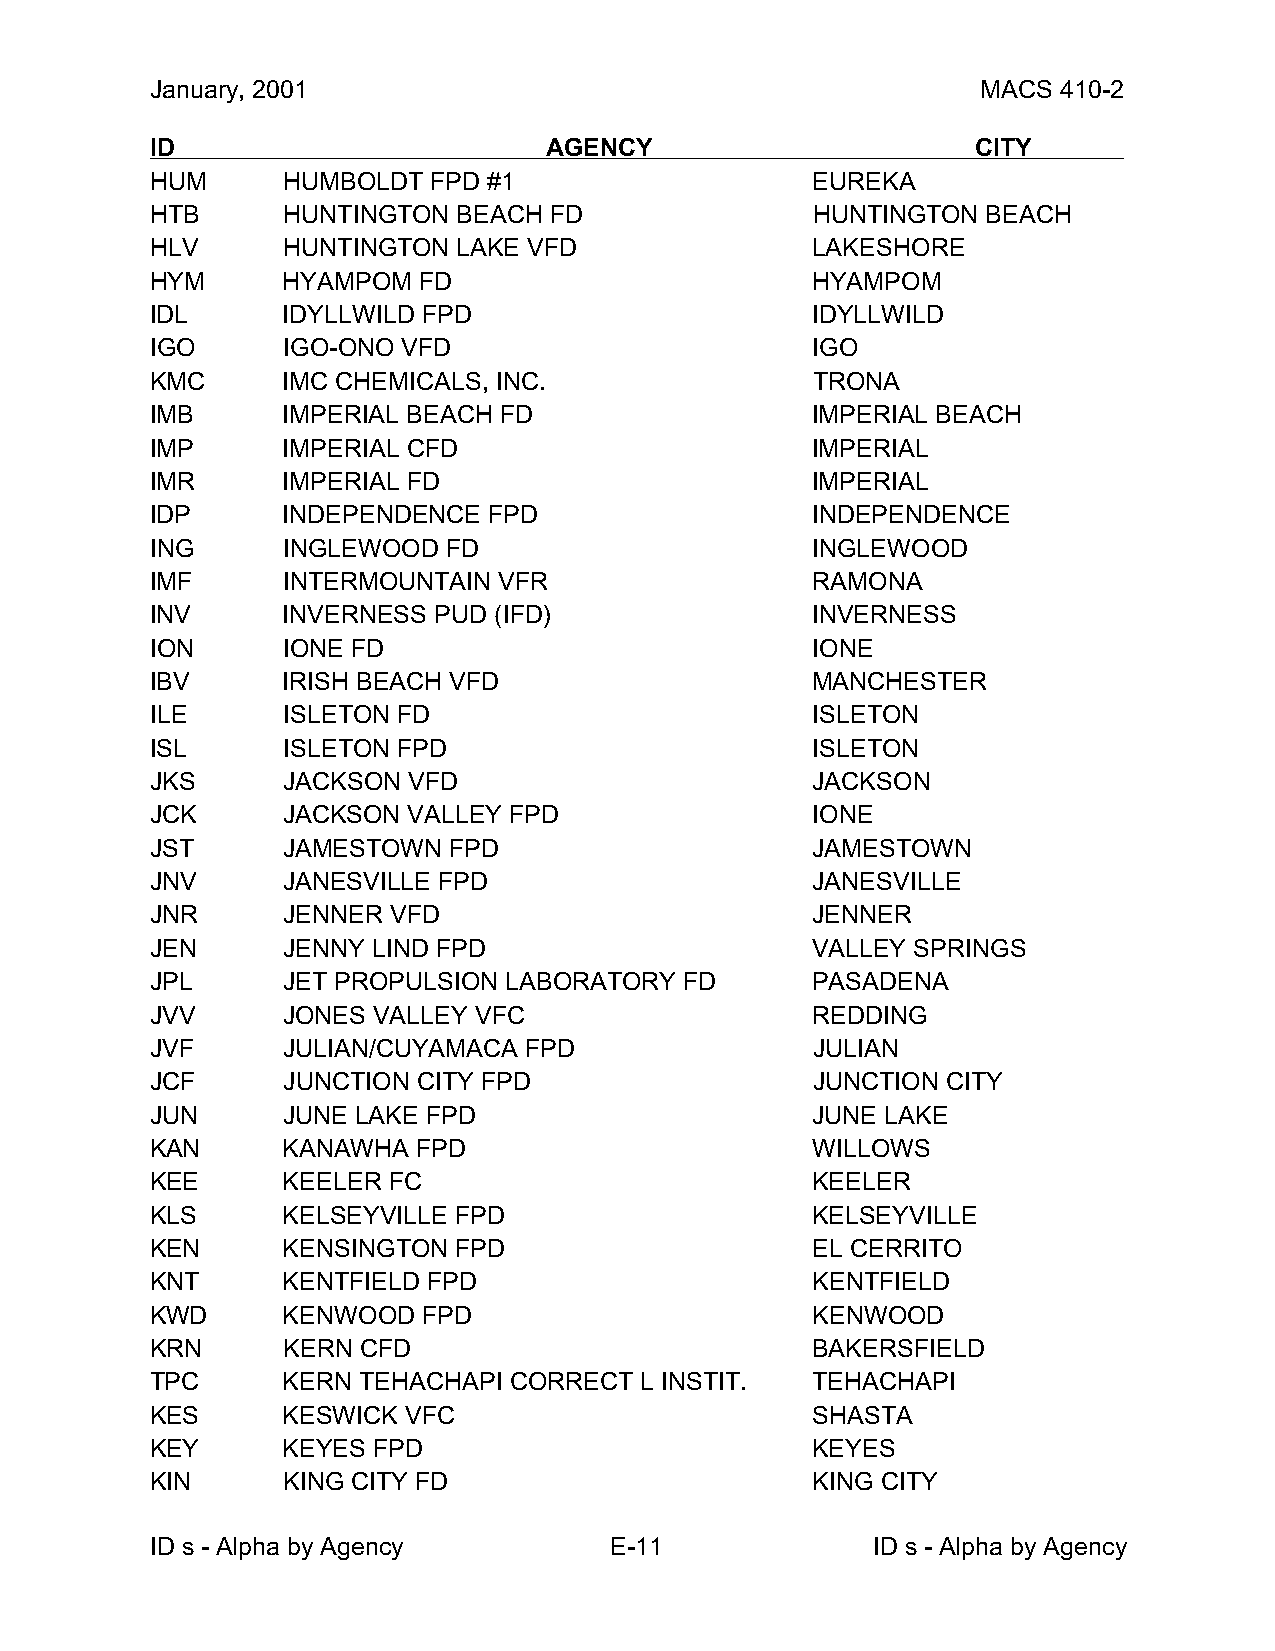
January, 2001                                          MACS 410-2
 ID                        AGENCY                       CITY
 HUM      HUMBOLDT  FPD #1                   EUREKA
 HTB      HUNTINGTON BEACH FD                HUNTINGTON BEACH
 HLV      HUNTINGTON LAKE VFD                LAKESHORE
 HYM      HYAMPOM  FD                        HYAMPOM
 IDL      IDYLLWILD FPD                      IDYLLWILD
 IGO      IGO-ONO VFD                        IGO
 KMC      IMC CHEMICALS, INC.                TRONA
 IMB      IMPERIAL BEACH FD                  IMPERIAL BEACH
 IMP      IMPERIAL CFD                       IMPERIAL
 IMR      IMPERIAL FD                        IMPERIAL
 IDP      INDEPENDENCE FPD                   INDEPENDENCE
 ING      INGLEWOOD  FD                      INGLEWOOD
 IMF      INTERMOUNTAIN VFR                  RAMONA
 INV      INVERNESS PUD (IFD)                INVERNESS
 ION      IONE FD                            IONE
 IBV      IRISH BEACH VFD                    MANCHESTER
 ILE      ISLETON FD                         ISLETON
 ISL      ISLETON FPD                        ISLETON
 JKS      JACKSON VFD                        JACKSON
 JCK      JACKSON VALLEY FPD                 IONE
 JST      JAMESTOWN  FPD                     JAMESTOWN
 JNV      JANESVILLE FPD                     JANESVILLE
 JNR      JENNER VFD                         JENNER
 JEN      JENNY LIND FPD                     VALLEY SPRINGS
 JPL      JET PROPULSION LABORATORY FD       PASADENA
 JVV      JONES VALLEY VFC                   REDDING
 JVF      JULIAN/CUYAMACA FPD                JULIAN
 JCF      JUNCTION CITY FPD                  JUNCTION CITY
 JUN      JUNE LAKE FPD                      JUNE LAKE
 KAN      KANAWHA  FPD                       WILLOWS
 KEE      KEELER FC                          KEELER
 KLS      KELSEYVILLE FPD                    KELSEYVILLE
 KEN      KENSINGTON FPD                     EL CERRITO
 KNT      KENTFIELD FPD                      KENTFIELD
 KWD      KENWOOD  FPD                       KENWOOD
 KRN      KERN CFD                           BAKERSFIELD
 TPC      KERN TEHACHAPI CORRECT L INSTIT.   TEHACHAPI
 KES      KESWICK VFC                        SHASTA
 KEY      KEYES FPD                          KEYES
 KIN      KING CITY FD                       KING CITY
 ID s - Alpha by Agency        E-11              ID s - Alpha by Agency